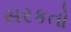
સરકતો